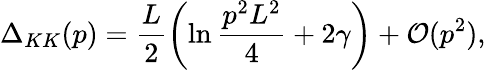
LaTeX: \Delta_{KK}(p)={\frac{L}{2}}\biggl(\ln{\frac{p^{2}L^{2}}{4}}+2\gamma\biggr)+{\cal O}(p^{2}),